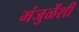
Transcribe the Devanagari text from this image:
मंजुळेंशी